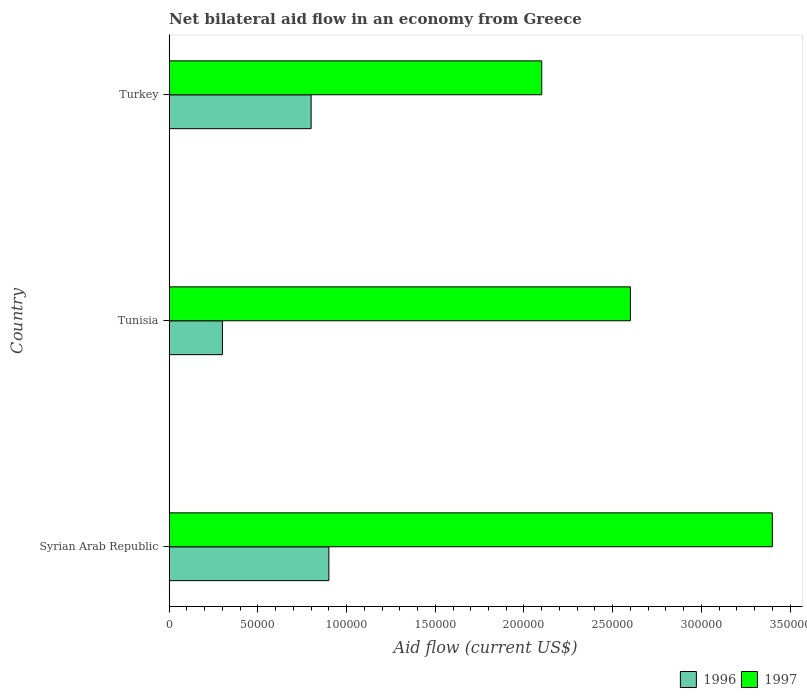
| Country | 1996 | 1997 |
 | --- | --- | --- |
 | Syrian Arab Republic | 9e+04 | 3.4e+05 |
 | Tunisia | 3e+04 | 2.6e+05 |
 | Turkey | 8e+04 | 2.1e+05 |